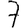
Digit: 7